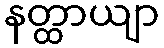
နတ္ထာယျာ